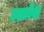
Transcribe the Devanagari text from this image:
उत्क्रोश